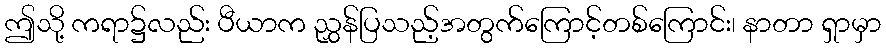
ဤသို့ ကရာ၌လည်း ပီယာက ညွှန်ပြသည့်အတွက်ကြောင့်တစ်ကြောင်း၊ နာတာ ရှာမှာ